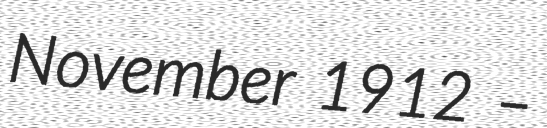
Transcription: November 1912 –